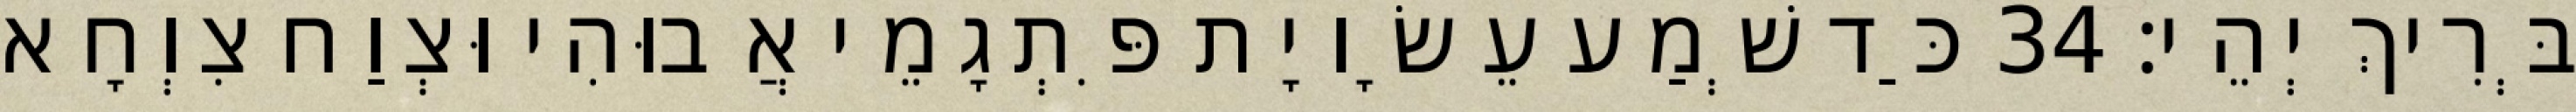
בְּרִיךְ יְהֵי׃ 34 כַּד שְׁמַע עֵשָׂו יָת פִּתְגָמֵי אֲבוּהִי וּצְוַח צִוְחָא